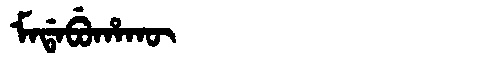
Manchu: ᠮᠠᡩᠠᠪᡠᡥᠠᡴᡡ
Romanization: MADABUHAKŪ